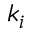
k _ { i }